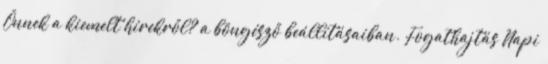
Önnek a kiemelt hírekről? a böngésző beállításaiban. Fogathajtás Napi